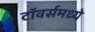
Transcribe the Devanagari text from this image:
टॉवर्समध्ये